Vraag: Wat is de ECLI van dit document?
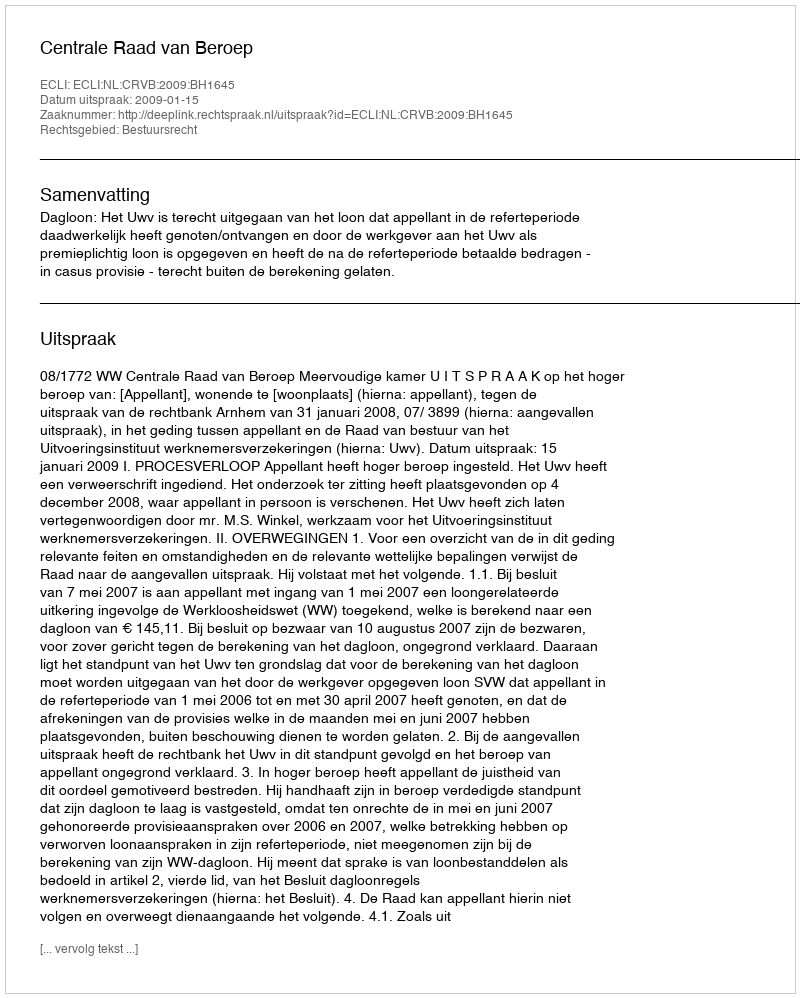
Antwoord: ECLI:NL:CRVB:2009:BH1645